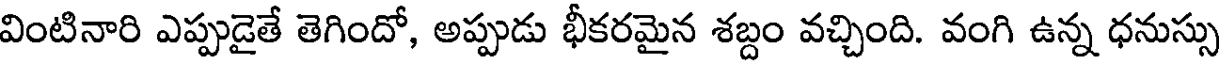
వింటినారి ఎప్పుడైతే తెగిందో, అప్పుడు భీకరమైన శబ్దం వచ్చింది. వంగి ఉన్న ధనుస్సు